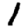
Digit: 1